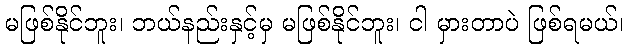
မဖြစ်နိုင်ဘူး၊ ဘယ်နည်းနှင့်မှ မဖြစ်နိုင်ဘူး၊ ငါ မှားတာပဲ ဖြစ်ရမယ်၊